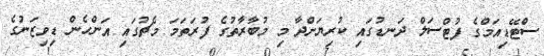
ސްޓޭޑިއަމްގެ ފުޓްސަލް ދަނޑުގައި ކުރިޔަށްދާ މި މުބާރާތުގެ ފުރަތަމަ މެޗުގައި އަންހެން ޑިވިޒަނުގެ